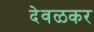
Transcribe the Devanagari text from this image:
देवळकर